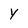
Character: y